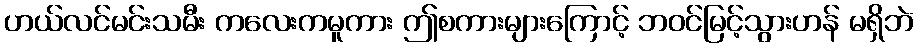
ဟယ်လင်မင်းသမီး ကလေးကမူကား ဤစကားများကြောင့် ဘဝင်မြင့်သွားဟန် မရှိဘဲ